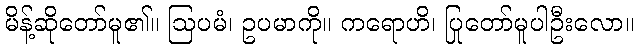
မိန့်ဆိုတော်မူ၏။ ဩပမံ၊ ဥပမာကို။ ကရောဟိ၊ ပြုတော်မူပါဦးလော။